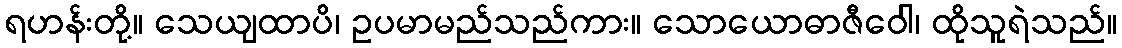
ရဟန်းတို့။ သေယျထာပိ၊ ဥပမာမည်သည်ကား။ သောယောဓာဇီဝေါ၊ ထိုသူရဲသည်။